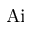
\mathrm { A i }